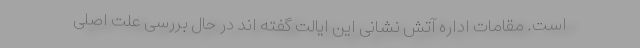
است. مقامات اداره آتش نشانی این ایالت گفته اند در حال بررسی علت اصلی